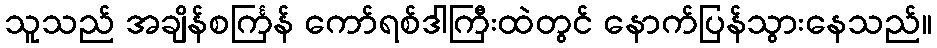
သူသည် အချိန်စင်္ကြန် ကော်ရစ်ဒါကြီးထဲတွင် နောက်ပြန်သွားနေသည်။